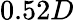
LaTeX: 0.52D